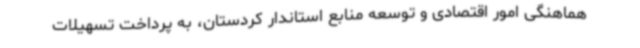
هماهنگی امور اقتصادی و توسعه منابع استاندار کردستان، به پرداخت تسهیلات